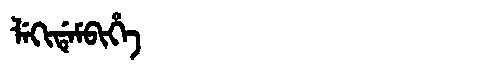
Manchu: ᠯᡝᡴᡳᡩᡝᠮᠪᡳᡥᡝ
Romanization: LEKIDEMBIHE